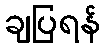
ချပြရန်